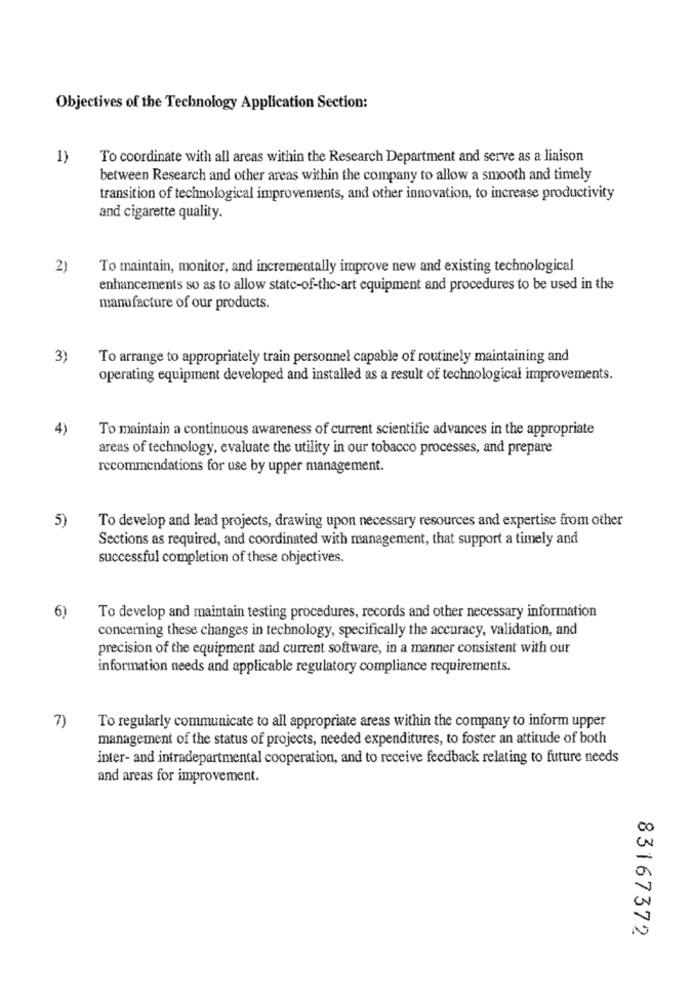
Objectives of the Technology Application Section:
1)
To coordinate with all areas within the Research Department and serve as a liaison
between Research and other areas within the company to allow a smooth and timely
transition of technological improvements, and other innovation, to increase productivity
and cigarette quality.
2)
To maintain, monitor, and incrementally improve new and existing technological
enhancements so as to allow state-of-the-art equipment and procedures to be used in the
manufacture of our products.
3)
To arrange to appropriately train personnel capable of routinely maintaining and
operating equipment developed and installed as a result of technological improvements.
4)
To maintain a continuous awareness of current scientific advances in the appropriate
areas of technology, evaluate the utility in our tobacco processes, and prepare
recommendations for use by upper management.
5)
To develop and lead projects, drawing upon necessary resources and expertise from other
Sections as required, and coordinated with management, that support a timely and
successful completion of these objectives.
6)
To develop and maintain testing procedures, records and other necessary information
concerning these changes in technology, specifically the accuracy, validation, and
precision of the equipment and current software, in a manner consistent with our
information needs and applicable regulatory compliance requirements.
7)
To regularly communicate to all appropriate areas within the company to inform upper
management of the status of projects, needed expenditures, to foster an attitude of both
inter- and intradepartmental cooperation, and to receive feedback relating to future needs
and areas for improvement.
83167372